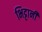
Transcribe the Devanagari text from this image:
भिट्टानी